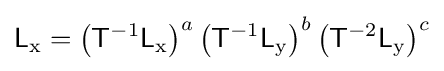
{\mathsf {L}}_{\mathrm {x} }=\left({{\mathsf {T}}^{-1}}{{\mathsf {L}}_{\mathrm {x} }}\right)^{a}\left({{\mathsf {T}}^{-1}}{{\mathsf {L}}_{\mathrm {y} }}\right)^{b}\left({{\mathsf {T}}^{-2}}{{\mathsf {L}}_{\mathrm {y} }}\right)^{c}